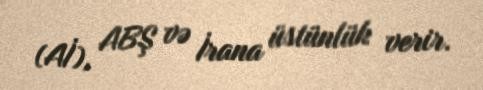
(Aİ), ABŞ və İrana üstünlük verir.